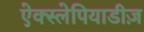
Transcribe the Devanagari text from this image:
ऐक्स्लेपियाडीज़